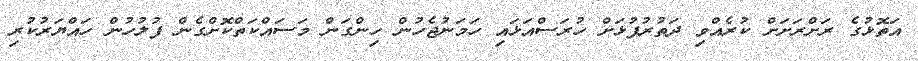
އަތޮޅުގެ ރަށްރަށަށް ކުރެއްވި ދަތުރުފުޅަށް ހުރަސްއަޅައި ހަމަނުޖެހުން ހިންގަން މަސައްކަތްކޮށްގެން ފުލުހުން ހައްޔަރުކުރި